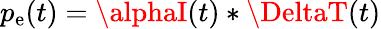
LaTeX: p_{\mathrm{e}}(t)=\alphaI(t)\ast\DeltaT(t)